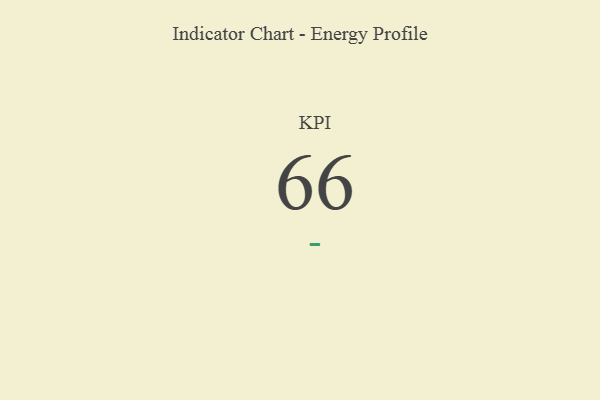
{"axis": {"x": "KPI", "y": "Value"}, "legend": [""], "data": [{"x": "KPI", "y": 66, "type": ""}]}